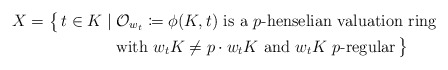
\begin{align*}X = \big\{ \, t \in K \;|\; &\mathcal{O}_{w_t}\coloneqq \phi(K, t) \textrm{ is a }p\textrm{-henselian valuation ring }\\&\textrm{with } w_tK\neq p\cdot w_tK \textrm{ and }w_tK\textrm{ $p$-regular} \,\big\}\end{align*}